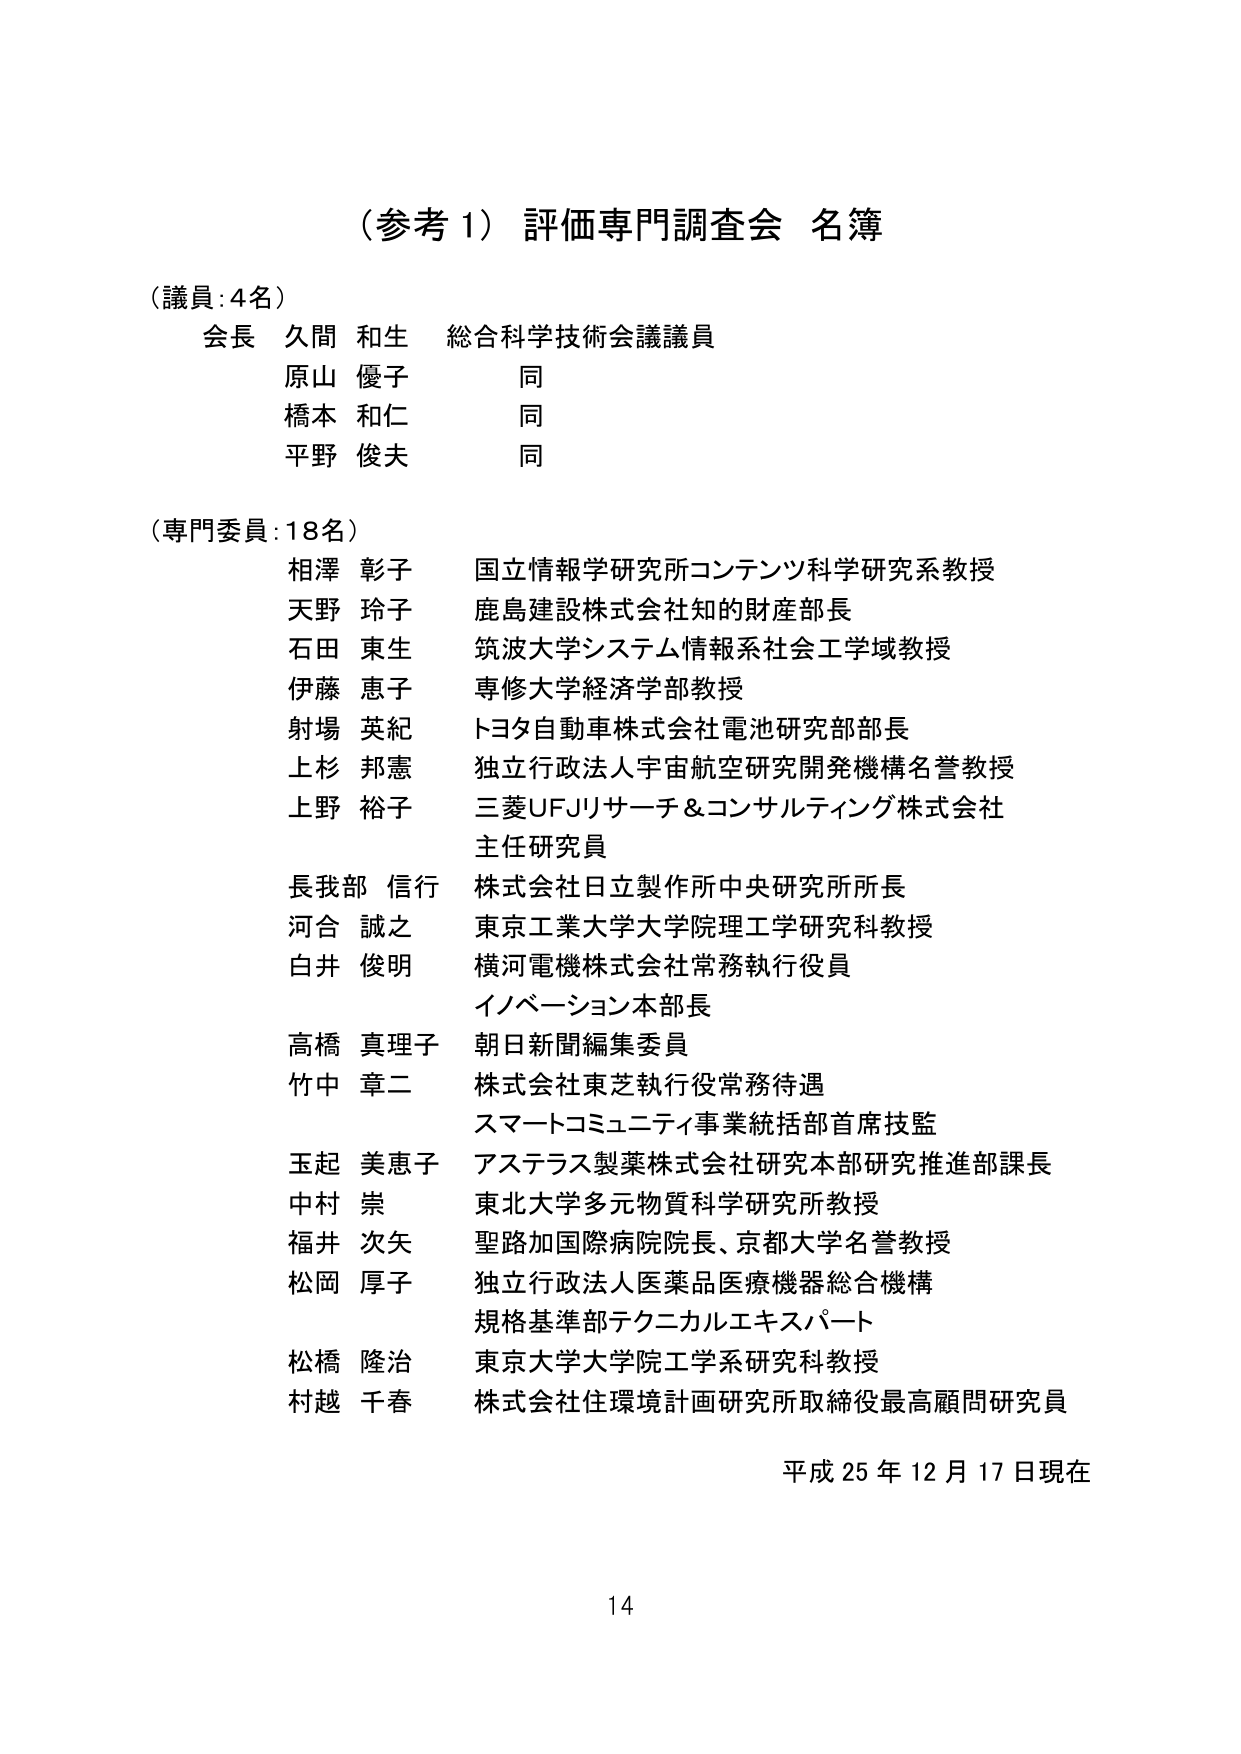
（参考１）評価専門調査会 名簿

（議員：4名）
会長 久間 和生 総合科学技術会議議員
原山 優子 同
橋本 和仁 同
平野 俊夫 同

（専門委員：18名）
相澤 彰子 国立情報学研究所コンテンツ科学研究系教授
天野 玲子 鹿島建設株式会社知的財産部長
石田 東生 筑波大学システム情報系社会工学域教授
伊藤 恵子 専修大学経済学部教授
射場 英紀 トヨタ自動車株式会社電池研究部部長
上杉 邦憲 独立行政法人宇宙航空研究開発機構名誉教授
上野 裕子 三菱UFJリサーチ＆コンサルティング株式会社
主任研究員
長我部 信行 株式会社日立製作所中央研究所所長
河合 誠之 東京工業大学大学院理工学研究科教授
白井 俊明 横河電機株式会社常務執行役員
イノベーション本部長
高橋 真理子 朝日新聞編集委員
竹中 章二 株式会社東芝執行役常務待遇
スマートコミュニティ事業統括部首席技監
玉起 美恵子 アステラス製薬株式会社研究本部研究推進部課長
中村 崇 東北大学多元物質科学研究所教授
福井 次矢 聖路加国際病院院長、京都大学名誉教授
松岡 厚子 独立行政法人医薬品医療機器総合機構
規格基準部テクニカルエキスパート
松橋 隆治 東京大学大学院工学系研究科教授
村越 千春 株式会社住環境計画研究所取締役最高顧問研究員

平成25年12月17日現在

14